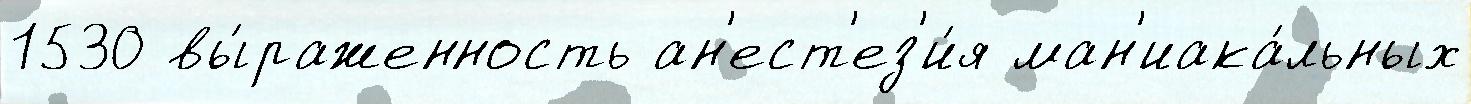
1530 вы́раженность ан'ест'ез'и́я ман'иака́льных